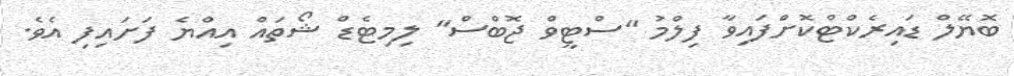
ބޮޔޭލް ޑައިރެކްޓްކޮށްފައިވާ ފިލްމު "ސްޓީވް ޖޮބްސް" ލިމިޓެޑް ޝޯތައް އިއްޔެ ފަށައިފި އެވެ.